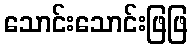
သောင်းသောင်းဖြဖြ